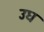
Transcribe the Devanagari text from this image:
उघ